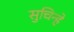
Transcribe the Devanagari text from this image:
सुचिन्हे